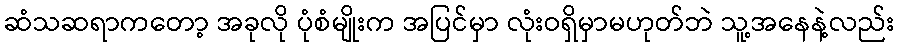
ဆံသဆရာကတော့ အခုလို ပုံစံမျိုးက အပြင်မှာ လုံးဝရှိမှာမဟုတ်ဘဲ သူ့အနေနဲ့လည်း